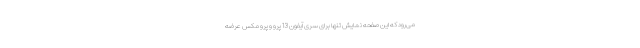
می‌رود که این صفحه نمایش تنها برای سری آیفون 13 پرو و پرو مکس عرضه